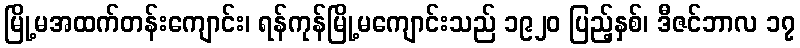
မြို့မအထက်တန်းကျောင်း၊ ရန်ကုန်မြို့မကျောင်းသည် ၁၉၂၀ ပြည့်နှစ်၊ ဒီဇင်ဘာလ ၁၇